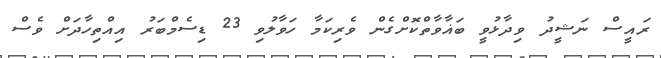
ރައީސް ނަޝީދު ވިދާޅުވީ ބަޣާވާތްކޮށްގެން ވެރިކަމާ ހަވާލުވި 23 ޑިސެމްބަރު އިއްތިހާދަށް ވެސް